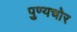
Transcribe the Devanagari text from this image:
पुण्यचोर